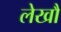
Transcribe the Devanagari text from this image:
लेखौं